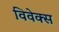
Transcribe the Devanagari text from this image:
विवेक्स